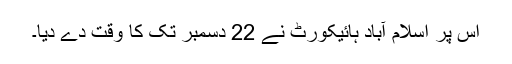
اس پر اسلام آباد ہائیکورٹ نے 22 دسمبر تک کا وقت دے دیا۔